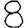
Digit: 8